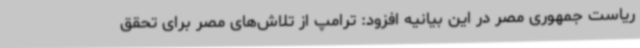
ریاست جمهوری مصر در این بیانیه افزود: ترامپ از تلاش‌های مصر برای تحقق